Report of the Imperial Institute of Veterinary Research, Muktesar
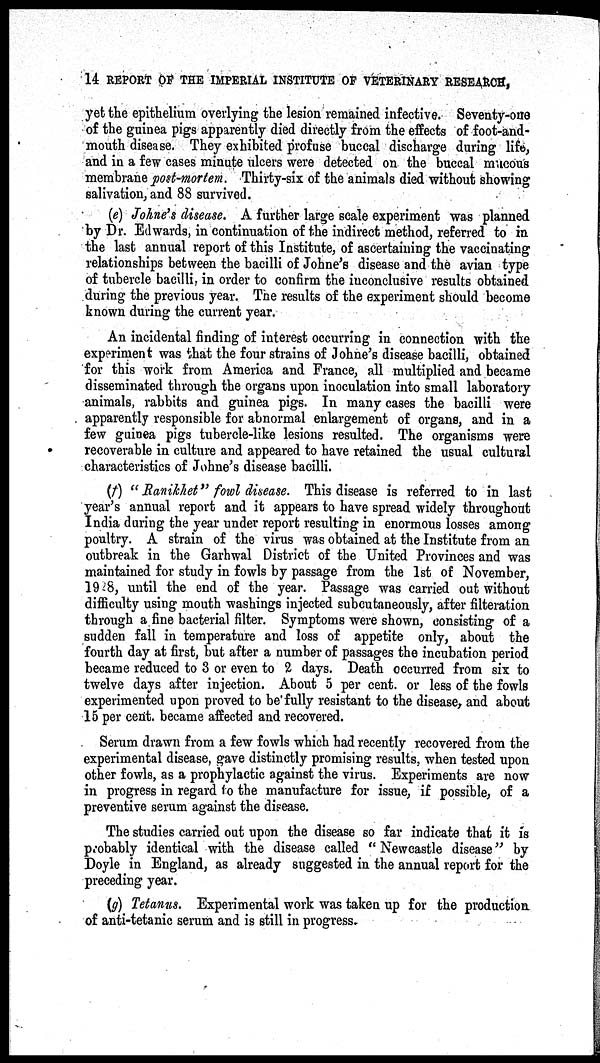
14 REPORT OF THE IMPERIAL INSTITUTE OF VETERINARY RESEARCH,
yet the epithelium overlying the lesion remained infective. Seventy-one
of the guinea pigs apparently died directly from the effects of foot-and-
mouth disease. They exhibited profuse buccal discharge during life,
and in a few cases minute ulcers were detected on the buccal mucous
membrane post-mortem. Thirty-six of the animals died without showing
salivation, and 88 survived.
(e) Johne's disease. A further large scale experiment was planned
by Dr. Edwards, in continuation of the indirect method, referred to in
the last annual report of this Institute, of ascertaining the vaccinating
relationships between the bacilli of Johne's disease and the avian type
of tubercle bacilli, in order to confirm the inconclusive results obtained
during the previous year. The results of the experiment should become
known during the current year.
An incidental finding of interest occurring in connection with the
experiment was that the four strains of Johne's disease bacilli, obtained
for this work from America and France, all multiplied and became
disseminated through the organs upon inoculation into small laboratory
animals, rabbits and guinea pigs. In many cases the bacilli were
apparently responsible for abnormal enlargement of organs, and in a
few guinea pigs tubercle-like lesions resulted. The organisms were
recoverable in culture and appeared to have retained the usual cultural
characteristics of Johne's disease bacilli.
(f) "Ranikhet" fowl disease. This disease is referred to in last
year's annual report and it appears to have spread widely throughout
India during the year under report resulting in enormous losses among
poultry. A strain of the virus was obtained at the Institute from an
outbreak in the Garhwal District of the United Provinces and was
maintained for study in fowls by passage from the 1st of November,
1928, until the end of the year. Passage was carried out without
difficulty using mouth washings injected subcutaneously, after filteration
through a fine bacterial filter. Symptoms were shown, consisting of a
sudden fall in temperature and loss of appetite only, about the
fourth day at first, but after a number of passages the incubation period
became reduced to 3 or even to 2 days. Death occurred from six to
twelve days after injection. About 5 per cent. or less of the fowls
experimented upon proved to be fully resistant to the disease, and about
15 per cent. became affected and recovered.
Serum drawn from a few fowls which had recently recovered from the
experimental disease, gave distinctly promising results, when tested upon
other fowls, as a prophylactic against the virus. Experiments are now
in progress in regard to the manufacture for issue, if possible, of a
preventive serum against the disease.
The studies carried out upon the disease so far indicate that it is
probably identical with the disease called "Newcastle disease" by
Doyle in England, as already suggested in the annual report for the
preceding year.
(g) Tetanus. Experimental work was taken up for the production
of anti-tetanic serum and is still in progress.